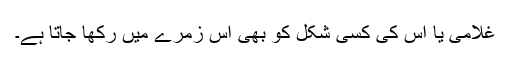
غلامی یا اس کی کسی شکل کو بھی اس زمرے میں رکھا جاتا ہے۔